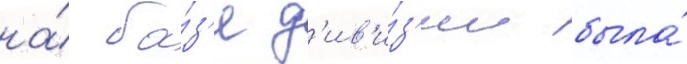
на́ ба́з'е д'ив'и́з'ии была́